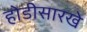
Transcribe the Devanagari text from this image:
होडीसारखे